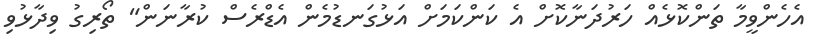
އެހެންވީމާ ތަންކޮޅެއް ހަރުދަނާކޮށް އެ ކަންކަމަށް އަޅުގަނޑުމެން އެޑްރެސް ކުރާނަން" ތޯރިގު ވިދާޅުވި